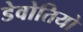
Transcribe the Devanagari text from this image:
डेवोतियो